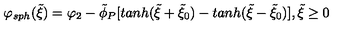
\varphi _ { s p h } ( \tilde { \xi } ) = \varphi _ { 2 } - \tilde { \phi } _ { P } [ t a n h ( \tilde { \xi } + \tilde { \xi } _ { 0 } ) - t a n h ( \tilde { \xi } - \tilde { \xi } _ { 0 } ) ] , \tilde { \xi } \geq 0